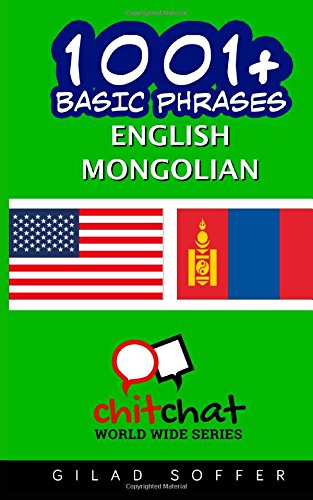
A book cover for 1001+ Basic Phrases English - Mongolian; Gilad Soffer; Travel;